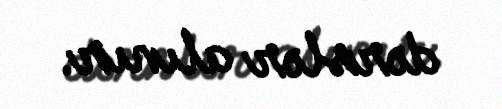
dərslər alınır.